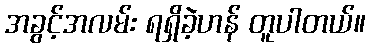
အခွင့်အလမ်း ရရှိခဲ့ဟန် တူပါတယ်။